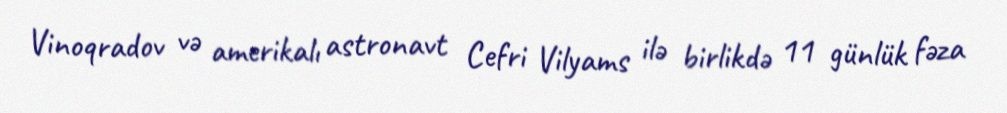
Vinoqradov və amerikalı astronavt Cefri Vilyams ilə birlikdə 11 günlük fəza